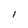
Character: I